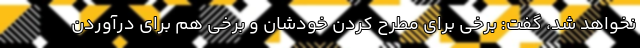
نخواهد شد، گفت: برخی برای مطرح کردن خودشان و برخی هم برای درآوردن